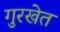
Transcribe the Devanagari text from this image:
गुरखेत